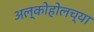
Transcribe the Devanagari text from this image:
अल्कोहोलच्या